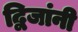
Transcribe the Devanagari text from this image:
द्विजांनी